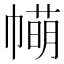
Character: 𢅆